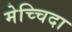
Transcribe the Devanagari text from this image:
मेच्चिदा